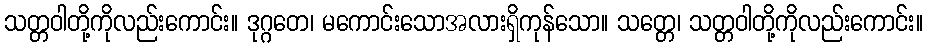
သတ္တဝါတို့ကိုလည်းကောင်း။ ဒုဂ္ဂတေ၊ မကောင်းသောအလားရှိကုန်သော။ သတ္တေ၊ သတ္တဝါတို့ကိုလည်းကောင်း။